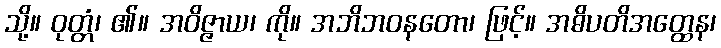
သို့။ ဝုတ္တံ၊ ၏။ အဝိဇ္ဇာယ၊ ကို။ အဘိဘဝနတော၊ ဖြင့်။ အဓိပတိအတ္ထေန၊